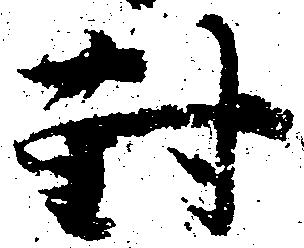
対